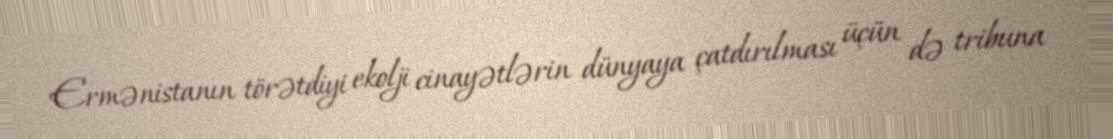
Ermənistanın törətdiyi ekolji cinayətlərin dünyaya çatdırılması üçün də tribuna